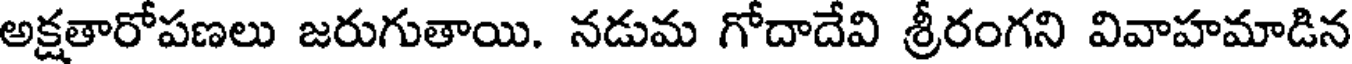
అక్షతారోపణలు జరుగుతాయి. నడుమ గోదాదేవి శ్రీరంగని వివాహమాడిన